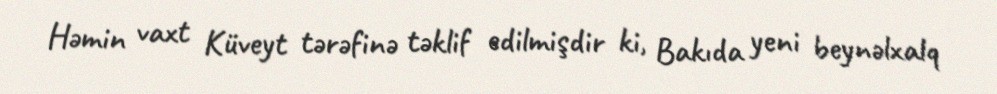
Həmin vaxt Küveyt tərəfinə təklif edilmişdir ki, Bakıda yeni beynəlxalq